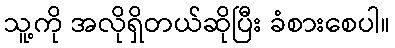
သူ့ကို အလိုရှိတယ်ဆိုပြီး ခံစားစေပါ။